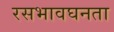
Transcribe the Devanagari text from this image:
रसभावघनता